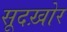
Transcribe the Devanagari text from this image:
सूदख़ोर